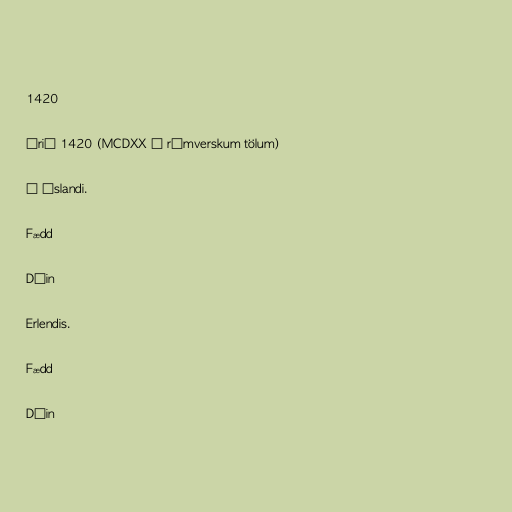
1420

Árið 1420 (MCDXX í rómverskum tölum)

Á Íslandi.

Fædd

Dáin

Erlendis.

Fædd

Dáin